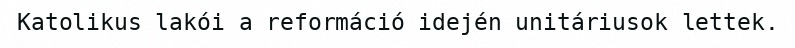
Katolikus lakói a reformáció idején unitáriusok lettek.